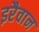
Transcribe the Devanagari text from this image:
इरैवान